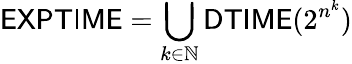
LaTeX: {\mathsf{EXPTIME}}=\bigcup_{k\in\mathbb{N}}{\mathsf{DTIME}}(2^{n^{k}})